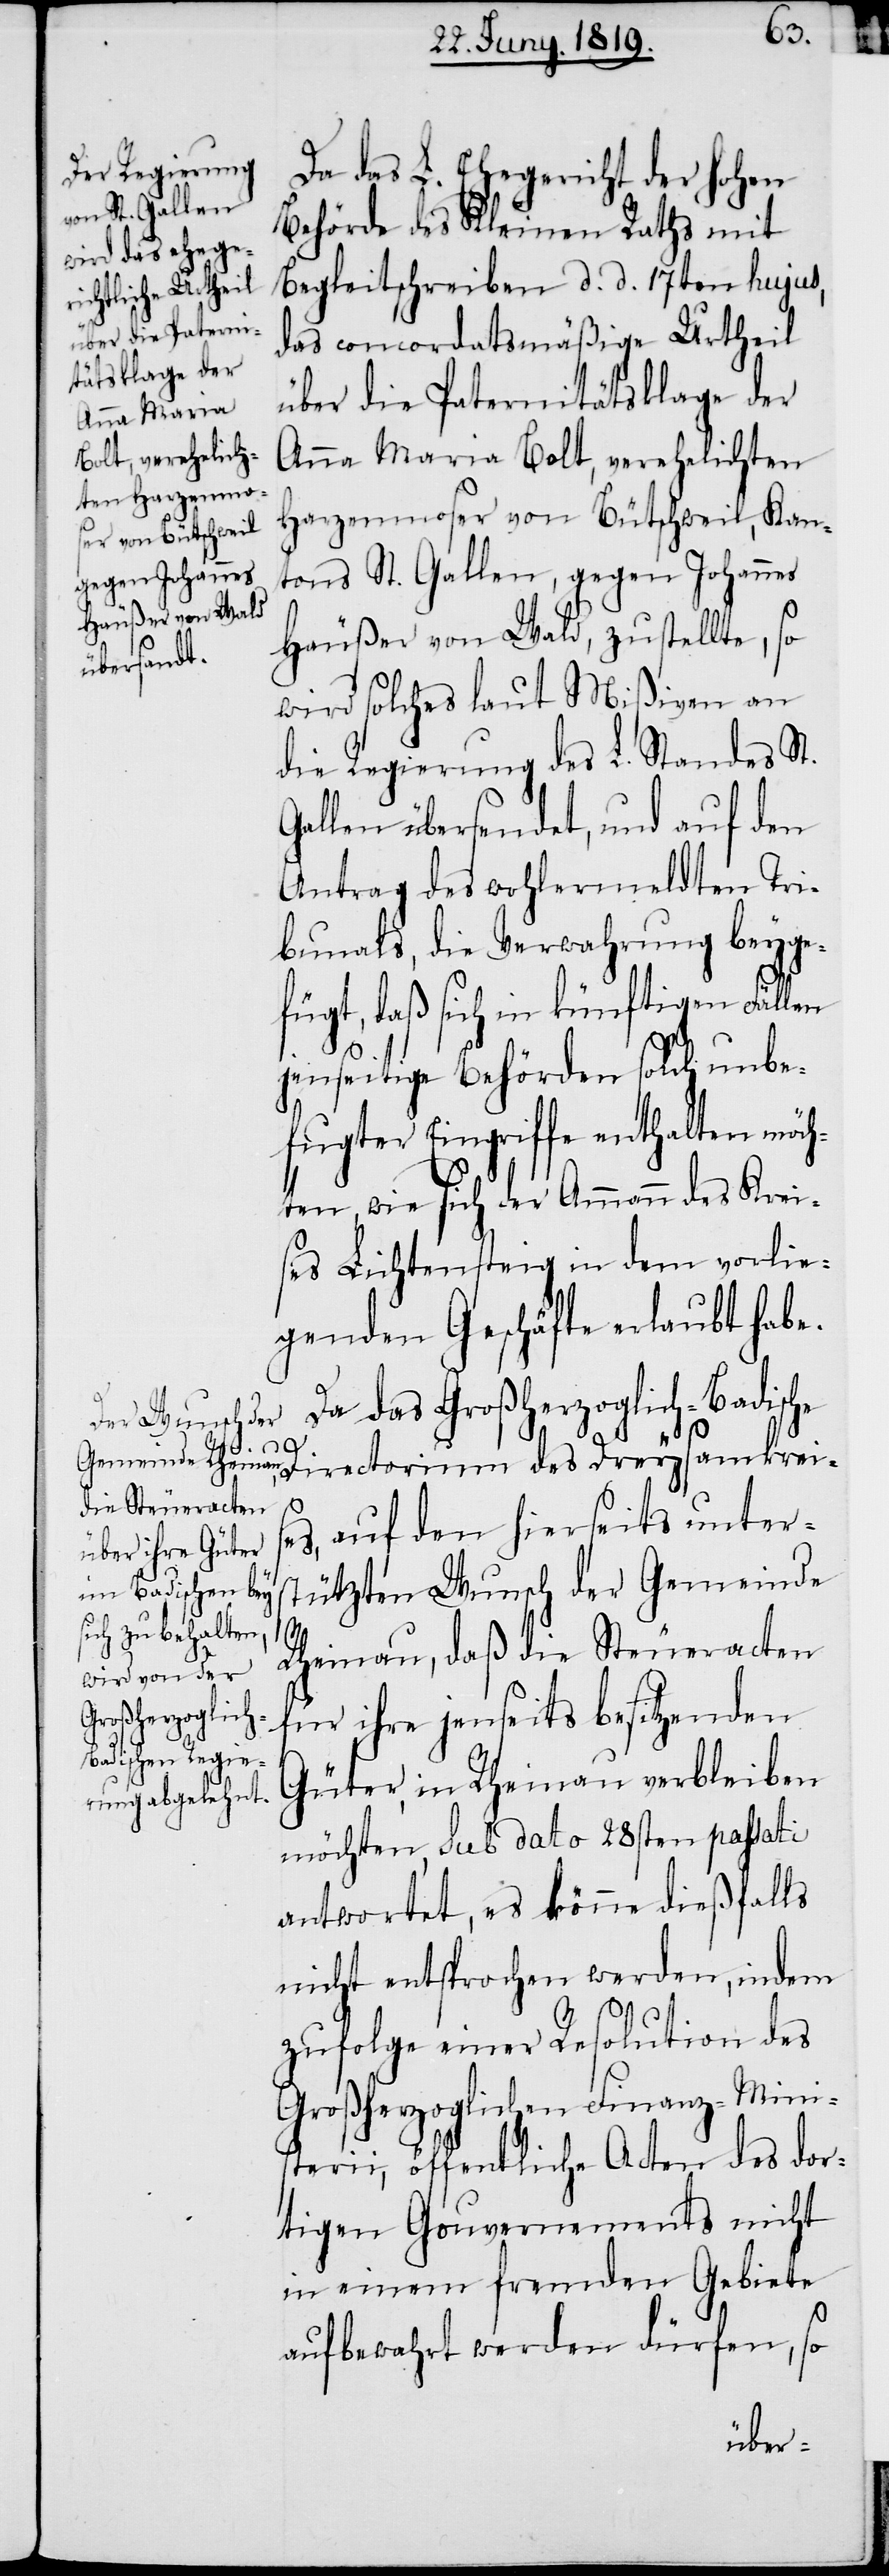
Da das L. Ehegericht der hohen
Behörde des Kleinen Raths mit
Begleitschreiben d. d. 17ten hujus,
das concordatsmäßige Urtheil
über die Paternitätsklage der
Anna Maria Bolt, verehelichten
Harzenmoser von Bütschweil, Kan¬
tons St. Gallen, gegen Johannes
Häußer von Wald, zustellte, so
wird solches laut Mißiven an
die Regierung des L. Standes St.
Gallen übersendet, und auf den
Antrag des wohlermeldten Tri¬
bunals, die Verwahrung beyge¬
fügt, daß sich in künftigen Fällen
jenseitige Behörden solch unbe¬
fugter Eingriffe enthalten möch¬
ten, wie sich der Ammann des Krei¬
ses Lichtensteig in dem vorlie¬
genden Geschäfte erlaubt habe.
Da das Großherzoglich-Badische
auf den hierseits unter¬
ses,
stützten Wunsch der Gemeinde
Rheinau, daß die Steueracten
Dreysamkrei¬
für ihre jenseits besitzenden
Güter, in Rheinau verbleiben
möchten, sub dato 28ten passati
antwortet, es könne dießfalls
nicht entsprochen werden, indem
zufolge einer Resolution des
Großherzoglichen Finanz-Mini¬
sterii, öffentliche Acten des dor¬
tigen Gouvernements nicht
in einem fremden Gebiete
aufbewahrt werden dürfen, so